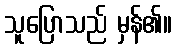
သူပြောသည် မှန်၏။